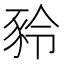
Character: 𧰻